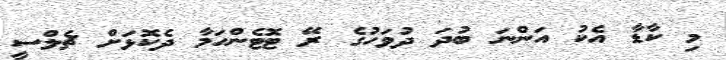
މި ކާޑާ އެކު އަންނަ ބުދަ ދުވަހުގެ ރޭ ޓޮޓެންހަމާ ދެކޮޅަށް ޗެލްސީ